Lunatic asylums Madras 1892-1911 - 1892-1911
Year: 1892
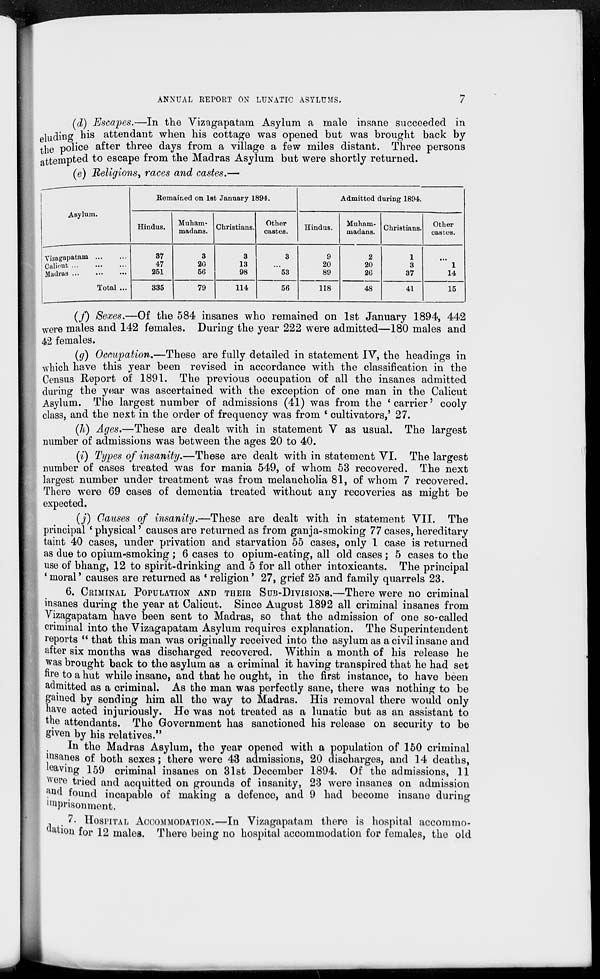
ANNUAL REPORT ON LUNATIC ASYLUMS.
7
(d) Escapes.—In the Vizagapatam Asylum a male insane succeeded in
eluding his attendant when his cottage was opened but was brought back by
the police after three days from a village a few miles distant. Three persons
attempted to escape from the Madras Asylum but were shortly returned.
(e) Religions, races and castes.—
Asylum.
Vizagapatam ... ...
Calicut ... ...
Madras ...
...
...
Total ...
Remained on 1st January 1894.
Hindus.
37
47
251
335
Muham-
madans.
3
20
56
79
Christians.
3
13
98
114
Other
castes.
3
...
53
56
Admitted during 1894.
Hindus.
9
20
89
118
Muham-
madans.
2
20
26
48
Christians.
1
3
37
41
Other
castes.
...
1
14
15
(f) Sexes.—Of the 584 insanes who remained on 1st January 1894, 442
were males and 142 females. During the year 222 were admitted—180 males and
42 females.
(g) Occupation.—These are fully detailed in statement IV, the headings in
which have this year been revised in accordance with the classification in the
Census Report of 1891. The previous occupation of all the insanes admitted
during the year was ascertained with the exception of one man in the Calicut
Asylum. The largest number of admissions (41) was from the 'carrier' cooly
class, and the next in the order of frequency was from 'cultivators,' 27.
(h) Ages.—These are dealt with in statement V as usual. The largest
number of admissions was between the ages 20 to 40.
(i) Types of insanity.—These are dealt with in statement VI. The largest
number of cases treated was for mania 549, of whom 53 recovered. The next
largest number under treatment was from melancholia 81, of whom 7 recovered.
There were 69 cases of dementia treated without any recoveries as might be
expected.
(j) Causes of insanity.—These are dealt with in statement VII. The
principal 'physical' causes are returned as from ganja-smoking 77 cases, hereditary
taint 40 cases, under privation and starvation 55 cases, only 1 case is returned
as due to opium-smoking ; 6 cases to opium-eating, all old cases ; 5 cases to the
use of bhang, 12 to spirit-drinking and 5 for all other intoxicants. The principal
'moral' causes are returned as 'religion' 27, grief 25 and family quarrels 23.
6. CRIMINAL POPULATION AND THEIR SUB-DIVISIONS.—There were no criminal
insanes during the year at Calicut. Since August 1892 all criminal insanes from
Vizagapatam have been sent to Madras, so that the admission of one so-called
criminal into the Vizagapatam Asylum requires explanation. The Superintendent
reports " that this man was originally received into the asylum as a civil insane and
after six months was discharged recovered. Within a month of his release he
was brought back to the asylum as a criminal it having transpired that he had set
fire to a hut while insane, and that he ought, in the first instance, to have been
admitted as a criminal. As the man was perfectly sane, there was nothing to be
gained by sending him all the way to Madras. His removal there would only
have acted injuriously. He was not treated as a lunatic but as an assistant to
the attendants. The Government has sanctioned his release on security to be
given by his relatives."
In the Madras Asylum, the year opened with a population of 150 criminal
insanes of both sexes; there were 43 admissions, 20 discharges, and 14 deaths,
leaving 159 criminal insanes on 31st December 1894. Of the admissions, 11
were tried and acquitted on grounds of insanity, 23 were insanes on admission
and found incapable of making a defence, and 9 had become insane during
imprisonment.
7. HOSPITAL ACCOMMODATION.—In Vizagapatam there is hospital accommo-
dation for 12 males. There being no hospital accommodation for females, the old